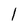
Character: 1